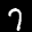
Label: 7